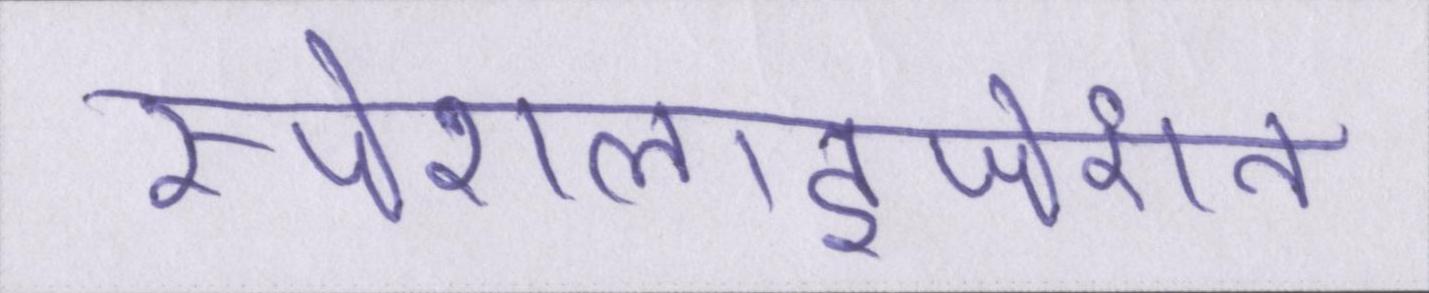
स्पेशलाइजेशन